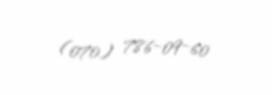
(070) 786-09-60